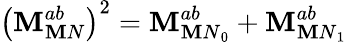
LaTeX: \left(\mathbf{M}_{\mathbf{M}N}^{ab}\right)^{2}=\mathbf{M}_{{\mathbf{M}N}_{0}}^{ab}+\mathbf{M}_{{\mathbf{M}N}_{1}}^{ab}